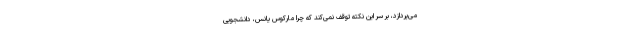
می‌پردازد، بر سر این نکته توقف نمی‌کند که چرا مارکوس یانس، دانشجویی